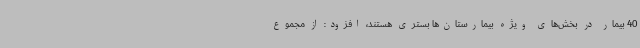
40 بیمار در بخش‌های ویژه بیمارستان‌ها بستری هستند، افزود: از مجموع